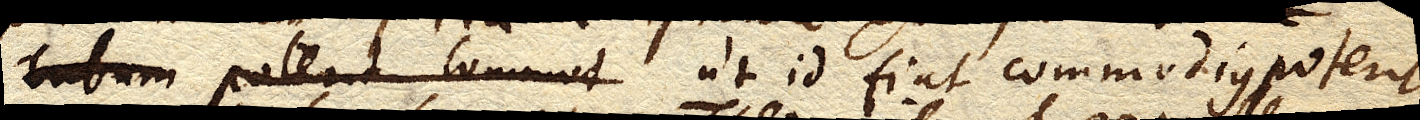
ut id fiat commodius poterit